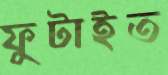
ফুটাইত